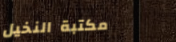
مكتبة النخيل